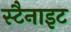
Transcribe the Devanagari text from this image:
स्टैनाइट